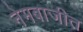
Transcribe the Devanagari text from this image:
नेमबाजीत